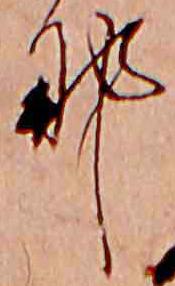
な